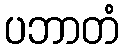
ပဘာတံ